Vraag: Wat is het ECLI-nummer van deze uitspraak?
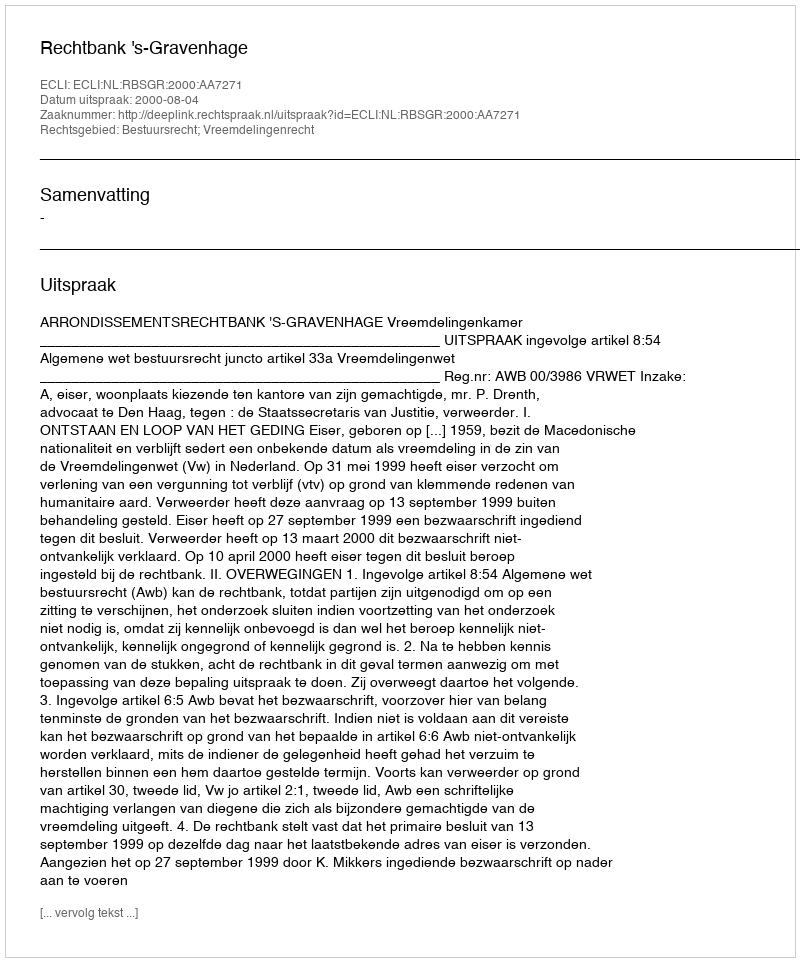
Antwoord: ECLI:NL:RBSGR:2000:AA7271